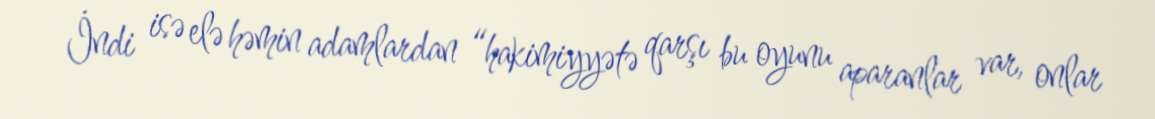
İndi isə elə həmin adamlardan “hakimiyyətə qarşı bu oyunu aparanlar var, onlar